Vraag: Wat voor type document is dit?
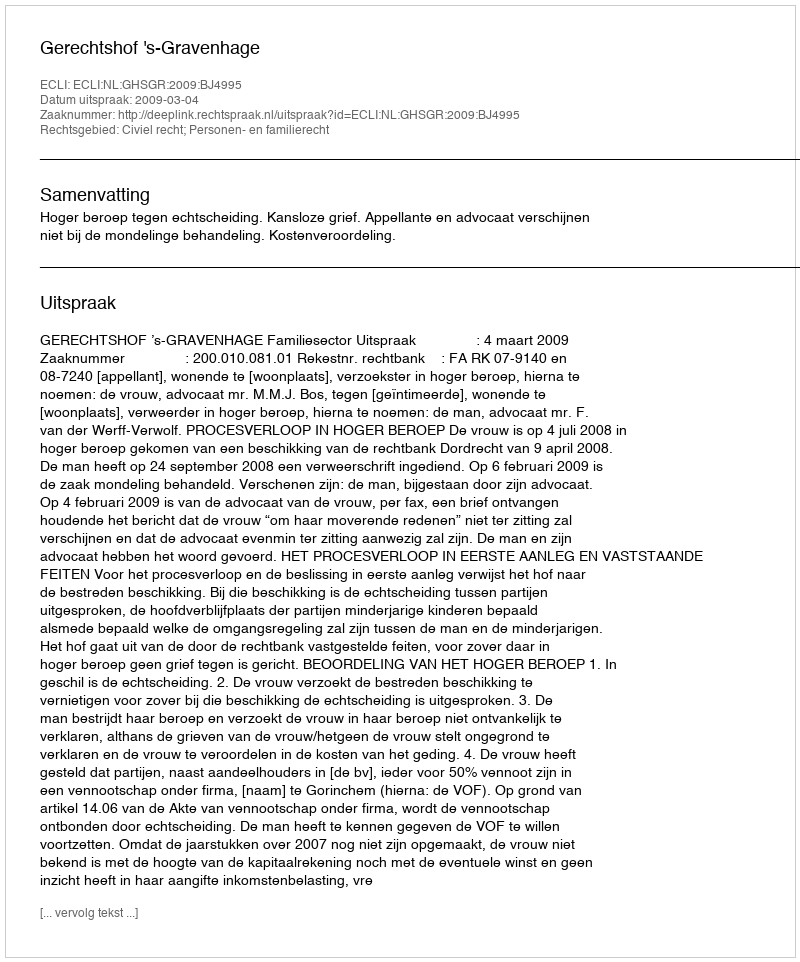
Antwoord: Uitspraak